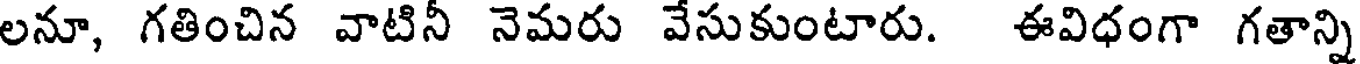
లనూ, గతించిన వాటినీ నెమరు వేసుకుంటారు. ఈవిధంగా గతాన్ని